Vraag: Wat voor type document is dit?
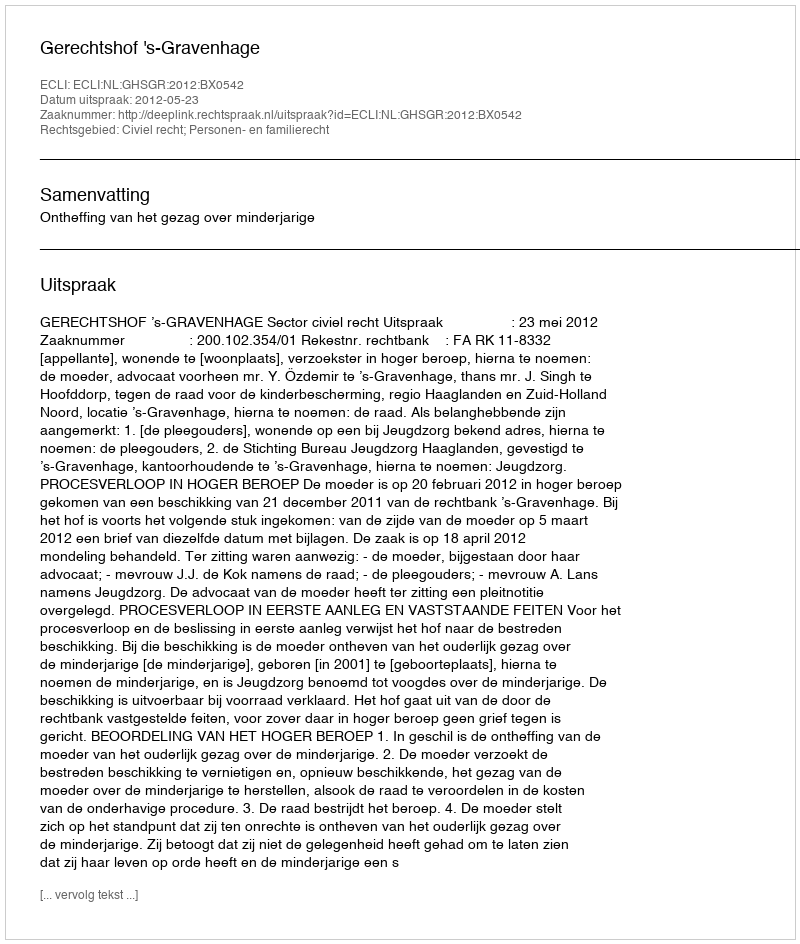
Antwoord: Uitspraak